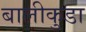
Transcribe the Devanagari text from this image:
बालीकुडा